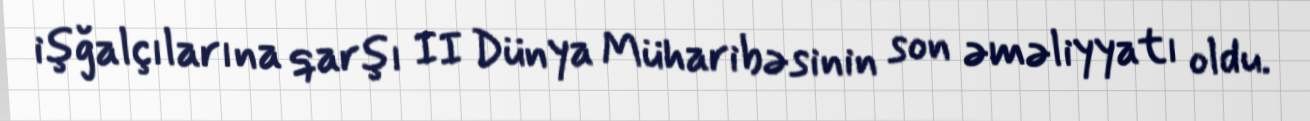
işğalçılarına qarşı II Dünya Müharibəsinin son əməliyyatı oldu.